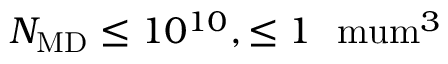
N _ { \mathrm { M D } } \leq 1 0 ^ { 1 0 } , \leq 1 ~ \mathrm { \ m u m } ^ { 3 }